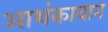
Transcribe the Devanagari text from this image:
आशंकावान